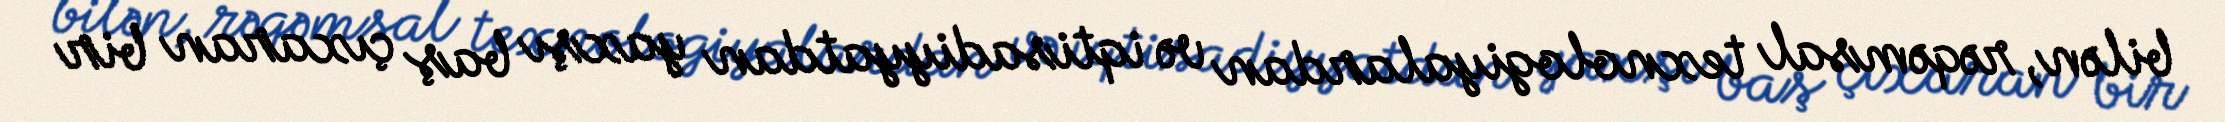
bilən, rəqəmsal texnologiyalardan və iqtisadiyyatdan yaxşı baş çıxaran bir